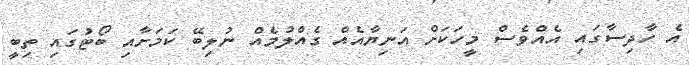
އެ ހާދިސާގައި އެއްވެސް މީހަކަށް އަނިޔާއެއް ގެއްލުމެއް ނުލިބޭ ކަމަށާއި ބޯޓުގައި ތިބީ